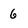
Character: 6